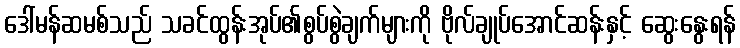
ဒေါ်မန်ဆမစ်သည် သခင်ထွန်းအုပ်၏စွပ်စွဲချက်များကို ဗိုလ်ချုပ်အောင်ဆန်းနှင့် ဆွေးနွေးရန်